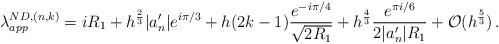
LaTeX: \begin{align*}\lambda_{app}^{ND,(n,k)} = i R_1 + h^{\frac 23} |a'_n| e^{i\pi/3} + h (2k-1) \frac{e^{-i\pi/4}}{\sqrt{2 R_1}} + h^{\frac 43} \frac{e^{\pi i/6}}{2|a'_n| R_1} + \mathcal O(h^{\frac 53})\, .\end{align*}